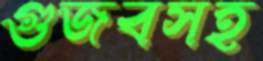
গুজবসহ